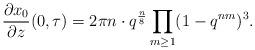
LaTeX: \begin{align*}\frac{\partial x_0}{\partial z}(0,\tau)=2\pi n \cdot q^{\frac{n}{8}} \prod_{m \geq 1}(1-q^{nm})^3.\end{align*}